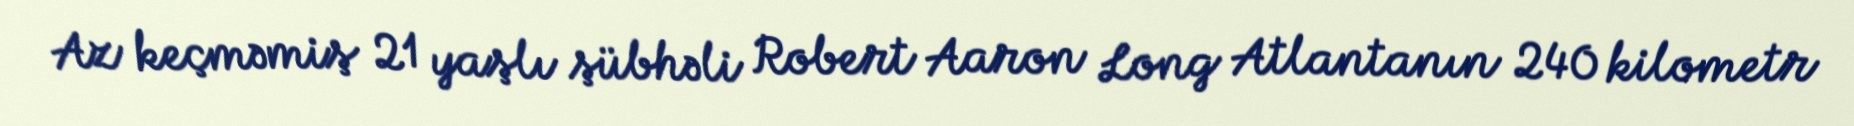
Az keçməmiş 21 yaşlı şübhəli Robert Aaron Long Atlantanın 240 kilometr